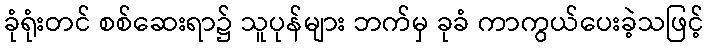
ခုံရုံးတင် စစ်ဆေးရာ၌ သူပုန်များ ဘက်မှ ခုခံ ကာကွယ်ပေးခဲ့သဖြင့်